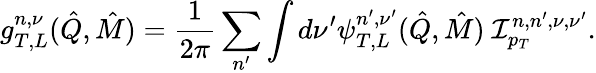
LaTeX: g_{T,L}^{n,\nu}(\hat{Q},\hat{M})=\frac 1{2\pi}\sum_{n^{\prime}}\int d\nu^{\prime}\psi_{T,L}^{n^{\prime},\nu^{\prime}}(\hat{Q},\hat{M})\ {\cal I}_{p_{T}}^{n,n^{\prime},\nu,\nu^{\prime}}.